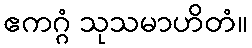
ဧကဂ္ဂံ သုသမာဟိတံ။